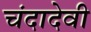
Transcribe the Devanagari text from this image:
चंदादेवी